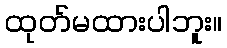
ထုတ်မထားပါဘူး။